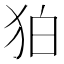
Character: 狛